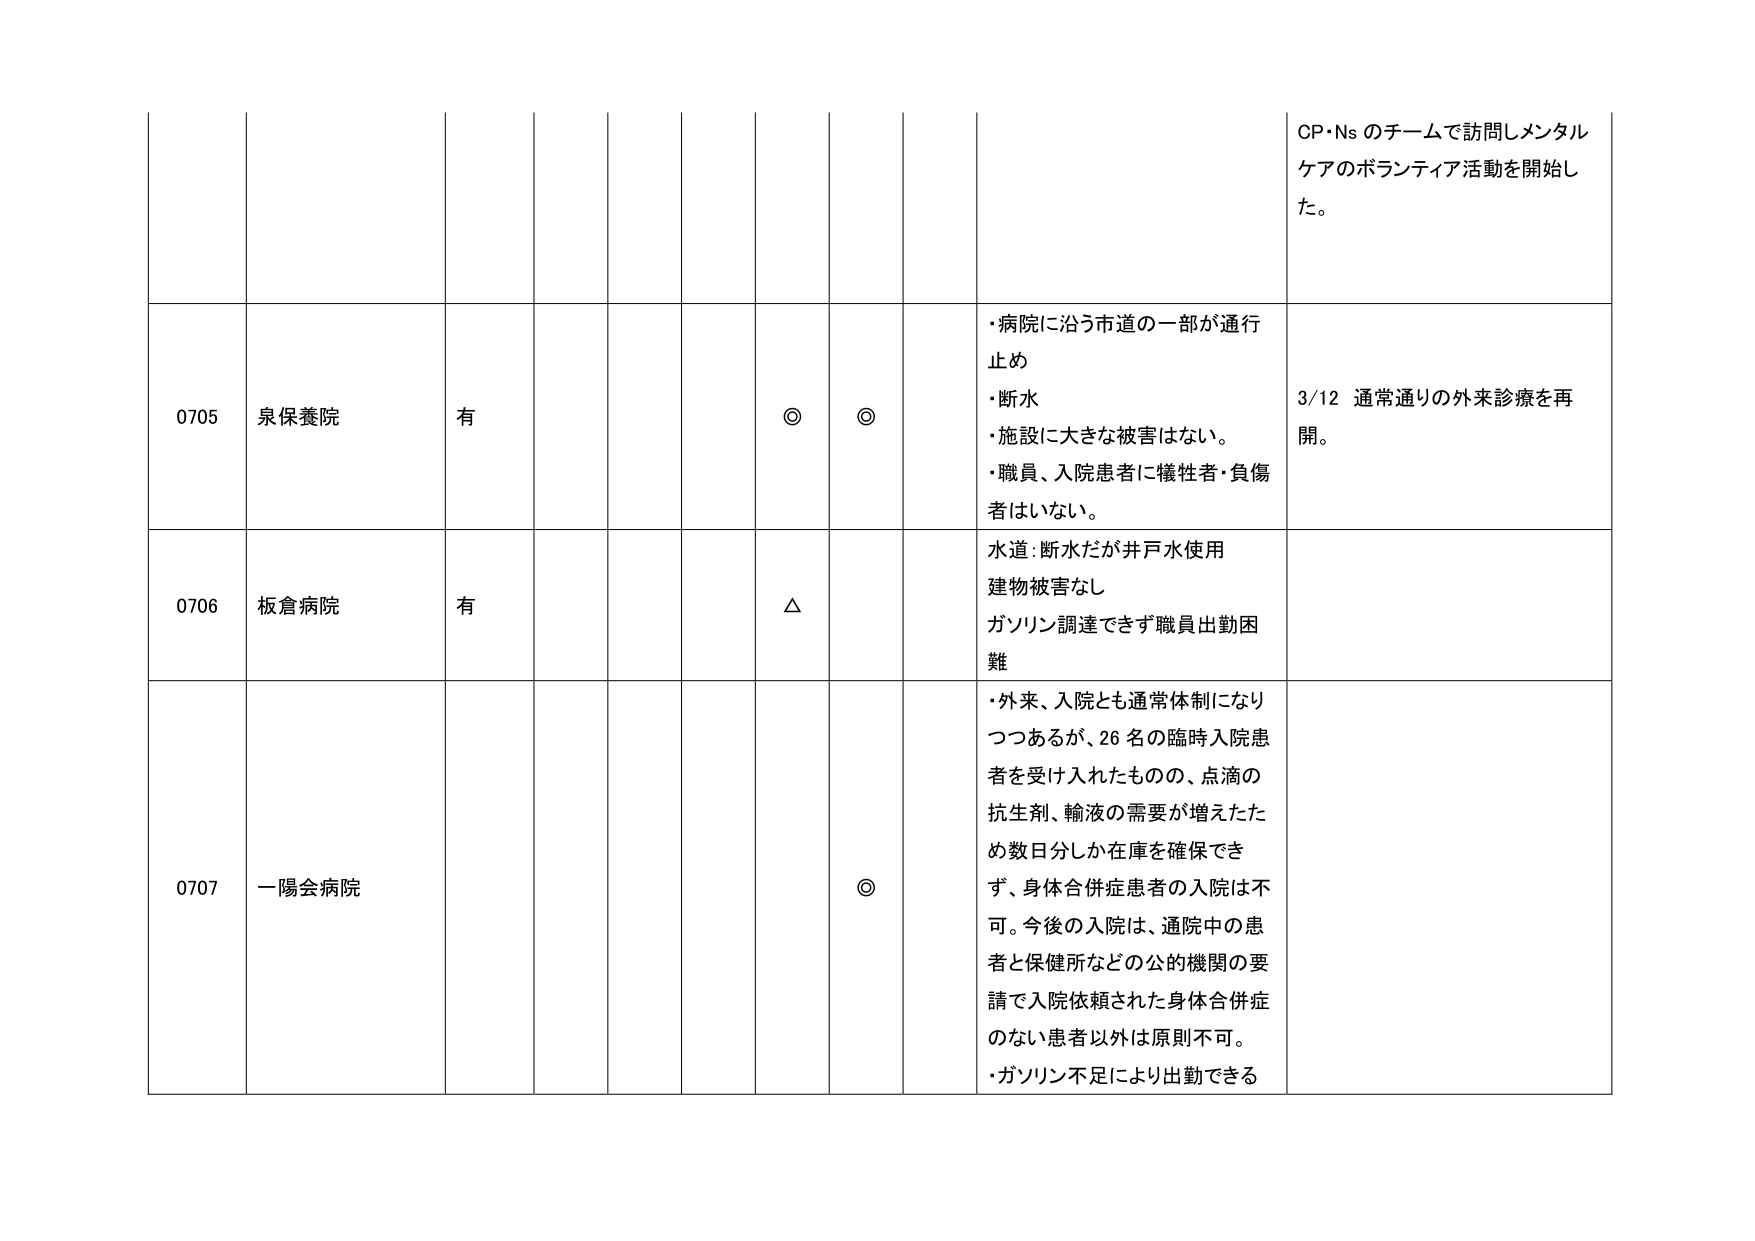
CP・Ns のチームで訪問しメンタルケアのボランティア活動を開始した。

0705 泉保養院 有 ◎ ◎ ・病院に沿う市道の一部が通行止め ・断水 ・施設に大きな被害はない。 ・職員、入院患者に犠牲者・負傷者はいない。 3/12 通常通りの外来診療を再開。

0706 板倉病院 有 △ 水道：断水だが井戸水使用 建物被害なし ガソリン調達できず職員出勤困難

0707 一陽会病院 ◎ ・外来、入院とも通常体制になりつつあるが、26 名の臨時入院患者を受け入れたものの、点滴の抗生剤、輸液の需要が増えたため数日分しか在庫を確保できず、身体合併症患者の入院は不可。今後の入院は、通院中の患者と保健所などの公的機関の要請で入院依頼された身体合併症のない患者以外は原則不可。 ・ガソリン不足により出勤できる